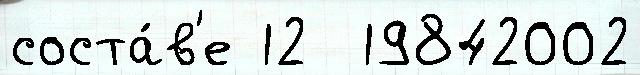
соста́в'е 12  19842002